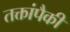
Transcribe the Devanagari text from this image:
तक्तांपैकी